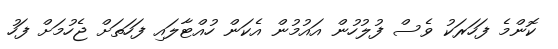
ކޮންމެ ފަހަރަކު ވެސް ފުލުހުން އައުމުން އެކަން ހުއްޓާލައި ފަހަތަށް ޖެހުމަށް ފަހު